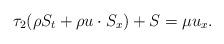
LaTeX: \begin{align*}\tau_2 (\rho S_t+\rho u\cdot S_x)+S=\mu u_x.\end{align*}